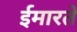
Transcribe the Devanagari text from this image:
ईमारते